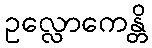
ဥလ္လောကေန္တိ